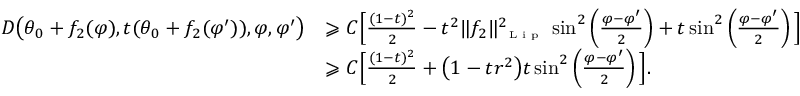
\begin{array} { r l } { D \big ( \theta _ { 0 } + f _ { 2 } ( \varphi ) , t ( \theta _ { 0 } + f _ { 2 } ( \varphi ^ { \prime } ) ) , \varphi , \varphi ^ { \prime } \big ) } & { \geqslant C \Big [ \frac { ( 1 - t ) ^ { 2 } } { 2 } - t ^ { 2 } \| f _ { 2 } \| _ { \textnormal { \tiny { L i p } } } ^ { 2 } \sin ^ { 2 } \left( \frac { \varphi - \varphi ^ { \prime } } { 2 } \right) + t \sin ^ { 2 } \left( \frac { \varphi - \varphi ^ { \prime } } { 2 } \right) \Big ] } \\ & { \geqslant C \Big [ \frac { ( 1 - t ) ^ { 2 } } { 2 } + \big ( 1 - t r ^ { 2 } \big ) t \sin ^ { 2 } \left( \frac { \varphi - \varphi ^ { \prime } } { 2 } \right) \Big ] . } \end{array}